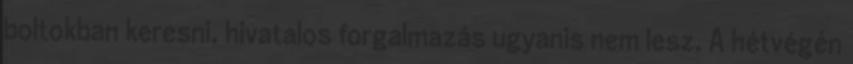
boltokban keresni, hivatalos forgalmazás ugyanis nem lesz. A hétvégén